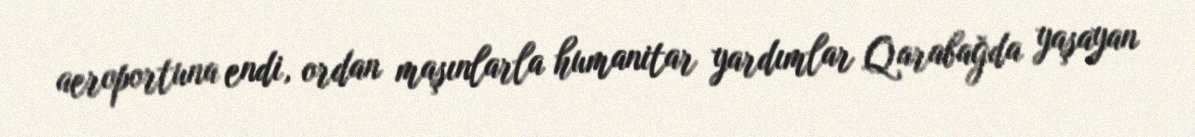
aeroportuna endi, ordan maşınlarla humanitar yardımlar Qarabağda yaşayan